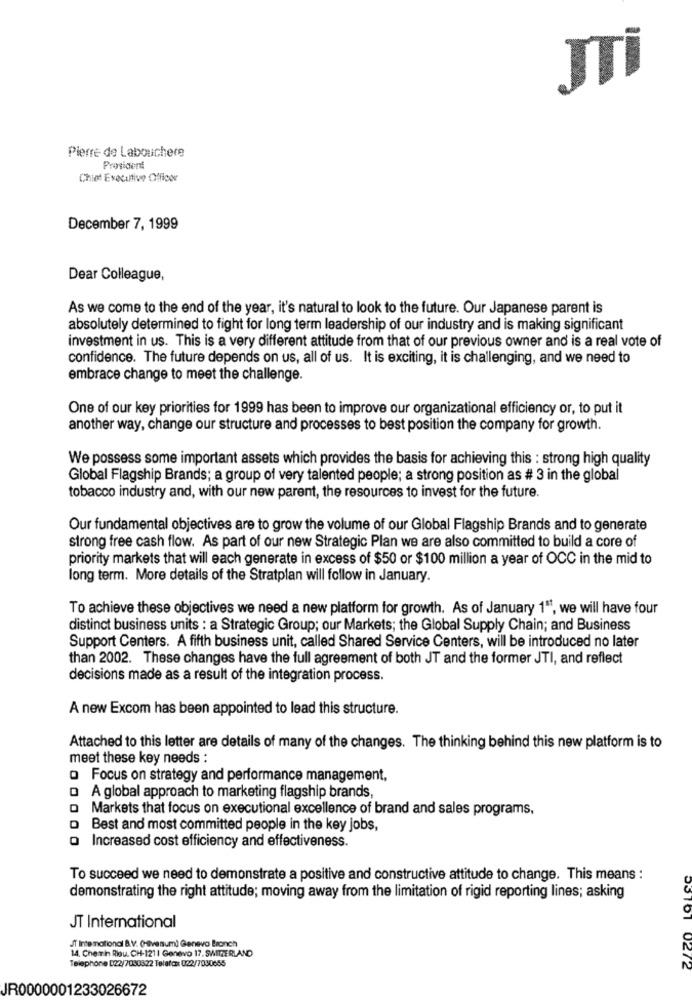
JTI
Pierre de Labouchere
President
Chief Executive Officer
December 7, 1999
Dear Colleague,
As we come to the end of the year, it's natural to look to the future. Our Japanese parent is
absolutely determined to fight for long term leadership of our industry and is making significant
investment in us. This is a very different attitude from that of our previous owner and is a real vote of
confidence. The future depends on us, all of us. It is exciting, it is challenging, and we need to
embrace change to meet the challenge.
One of our key priorities for 1999 has been to improve our organizational efficiency or, to put it
another way, change our structure and processes to best position the company for growth.
We possess some important assets which provides the basis for achieving this : strong high quality
Global Flagship Brands; a group of very talented people; a strong position as # 3 in the global
tobacco industry and, with our new parent, the resources to invest for the future.
Our fundamental objectives are to grow the volume of our Global Flagship Brands and to generate
strong free cash flow. As part of our new Strategic Plan we are also committed to build a core of
priority markets that will each generate in excess of $50 or $100 million a year of OCC in the mid to
long term. More details of the Stratplan will follow in January.
To achieve these objectives we need a new platform for growth. As of January 1º, we will have four
distinct business units : a Strategic Group; our Markets; the Global Supply Chain; and Business
Support Centers. A fifth business unit, called Shared Service Centers, will be introduced no later
than 2002. These changes have the full agreement of both JT and the former JTI, and reflect
decisions made as a result of the integration process.
A new Excom has been appointed to lead this structure.
Attached to this letter are details of many of the changes. The thinking behind this new platform is to
meet these key needs :
o Focus on strategy and performance management,
Q A global approach to marketing flagship brands
Markets that focus on executional excellence of brand and sales programs,
Best and most committed people in the key jobs,
O Increased cost efficiency and effectiveness.
To succeed we need to demonstrate a positive and constructive attitude to change. This means :
demonstrating the right attitude; moving away from the limitation of rigid reporting lines; asking
JT International
JT International B.V. (Halvansum) Geneva Bronch
14. Cherin Riou. CH-1211 Genevo 17, SWITZERLAND
Telephone D22/7030322 Telefax 022/7030655
03761 0272
JR0000001233026672